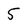
Character: 5